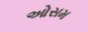
ઓસમ